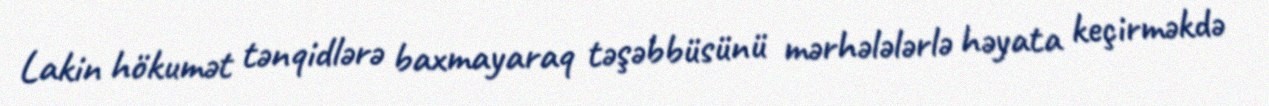
Lakin hökumət tənqidlərə baxmayaraq təşəbbüsünü mərhələlərlə həyata keçirməkdə